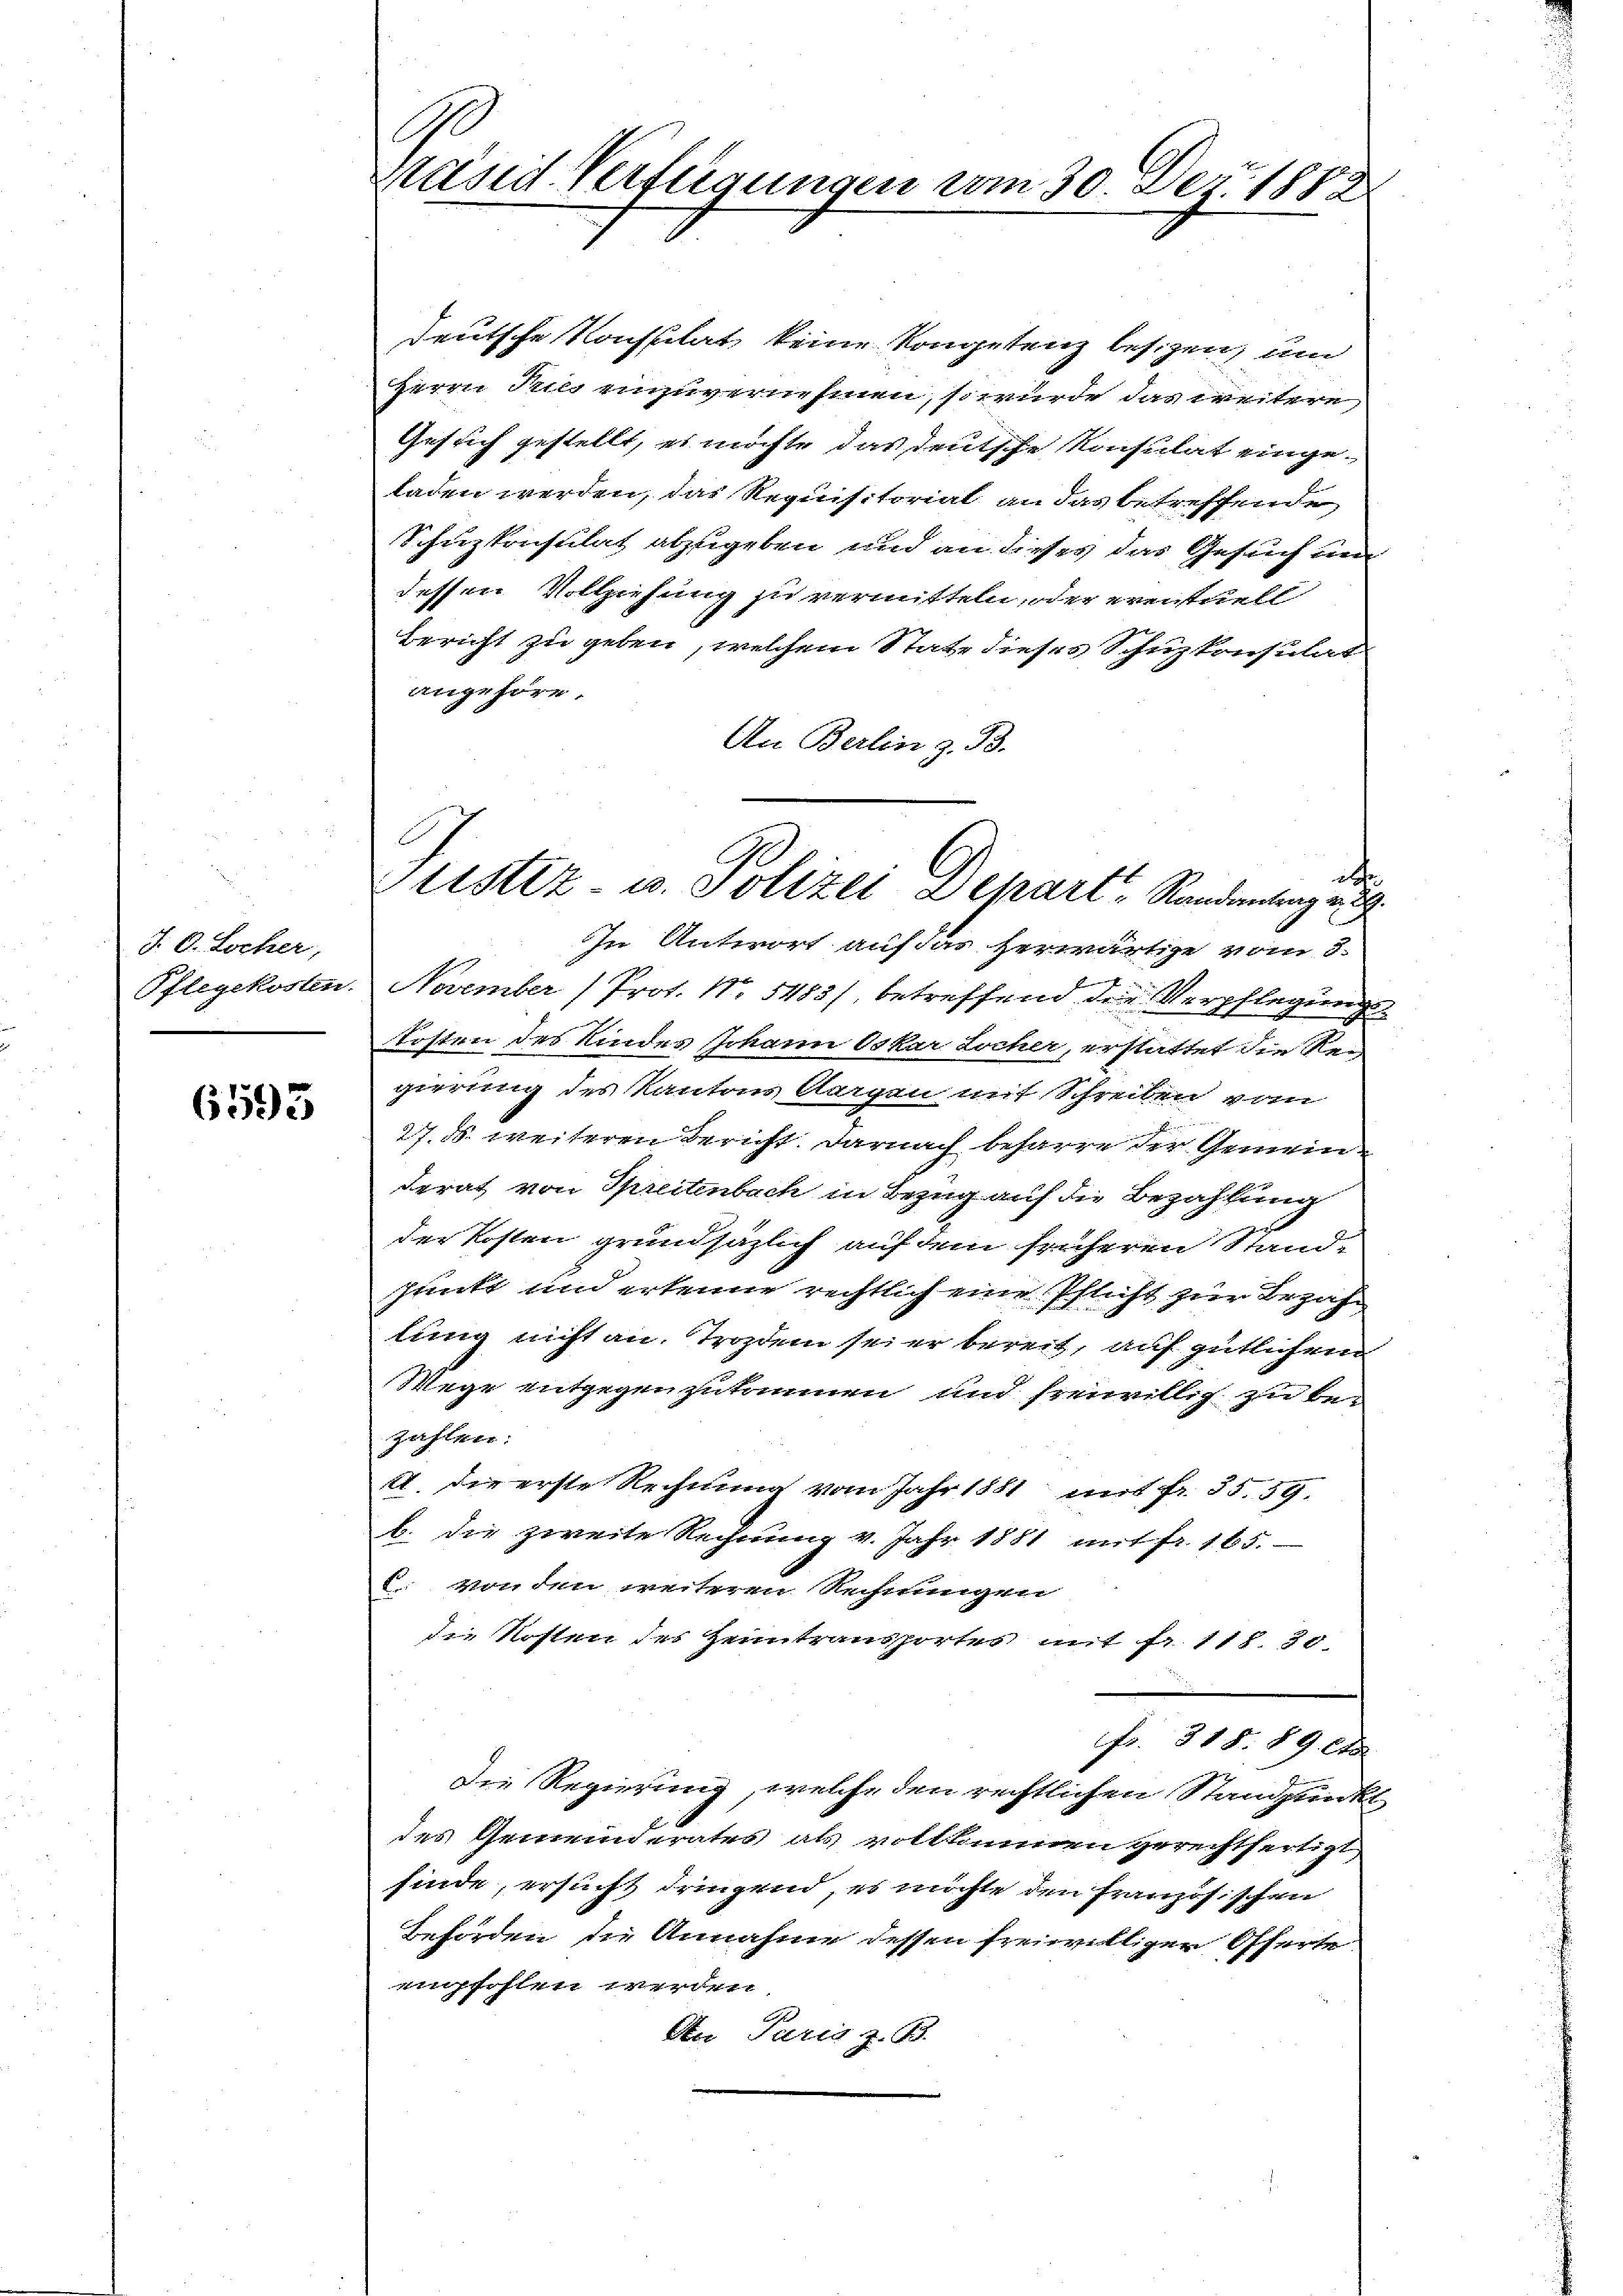
J. C. Locher,
Pflegekosten.

6595

F
Resid Verfügungen vom 30. Der 1888

Sistiz- u. Polizei Depart. Randantrag u.

deutsche Konssitat keine Kongetenz besizen, um
Herrn Pries einzuvernehmen, so würde das weitere
Gesuch gestellt, es möchte das deutsche Konsulat einge-
laden werden, das Requisitoriat an das betreffende,
Schuzkonsulat abzugeben und an dieses das Gesuch und
dessen Vollziehung zu vermitteln, oder eventuell
Bericht zu geben, welchem State dieses Schuzkonsulat
angehöre.
An Berlin z. B.
.
In Antwort auf das herwärtige vom 3.
November Prof. Nr. 5483/, betreffend der Verpflegung
Kosten des Kindes Johann Oskar Locher, erstattet die Re-
gierung des Kantons Aargen mit Schreiben vom
27. B. weiteren Bericht. Darnach beharre der Gemein-
derat von Spreitenbach in Bezug auf die Bezahlung
der Kosten grundsäglich auf dem früheren Stand-
punkt und erkenne rechtlich eine Pflicht zur Bezahlung nicht an. Trozdem sei er bereit, auf gütlichem
Wege entgegen zukommen und freiwillig zu be-
zahlen:
A. die erste Rechnung vom Jahr 1881 mit fr. 55. 59.
b. Die zweite Rechnung v. Jahr 1881 mit fr. 165.
E. von den weiteren Rechnungen
die Kosten des Heimtransportes mit fr. 118. 30.
Fr. 318. 89. e
Die Regierung, welche den rechtlichen Standpunkt
des Gemeinderates als vollkommen gerechtfertigt,
finde, ersucht dringend, es möchte den französischen
Behörden die Annahme dessen freiwilliger Offerte
aupfohlen werden
An Puris z. B.